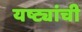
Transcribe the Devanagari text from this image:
यष्ट्यांची